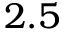
2 . 5